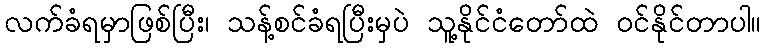
လက်ခံရမှာဖြစ်ပြီး၊ သန့်စင်ခံရပြီးမှပဲ သူ့နိုင်ငံတော်ထဲ ဝင်နိုင်တာပါ။